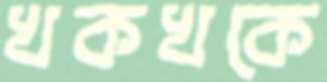
খকখকে